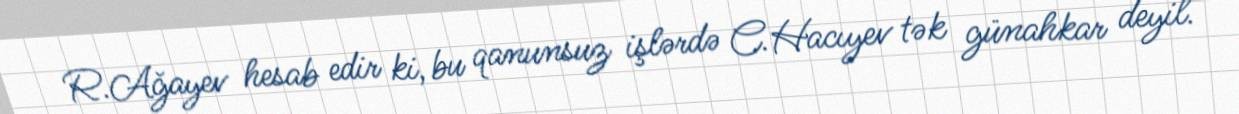
R.Ağayev hesab edir ki, bu qanunsuz işlərdə C.Hacıyev tək günahkar deyil.